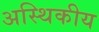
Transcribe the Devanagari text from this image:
अस्थिकीय